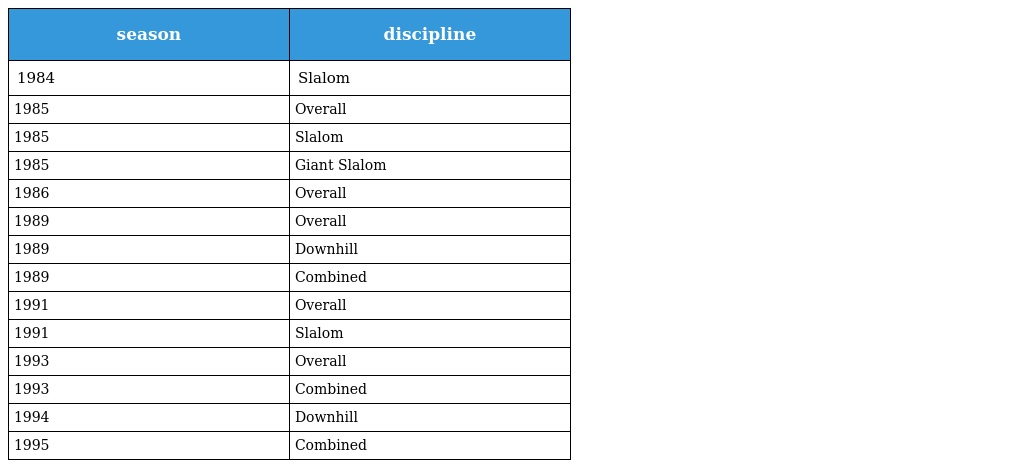
| season | discipline |
 | --- | --- |
 | 1984 | Slalom |
 | 1985 | Overall |
 | 1985 | Slalom |
 | 1985 | Giant Slalom |
 | 1986 | Overall |
 | 1989 | Overall |
 | 1989 | Downhill |
 | 1989 | Combined |
 | 1991 | Overall |
 | 1991 | Slalom |
 | 1993 | Overall |
 | 1993 | Combined |
 | 1994 | Downhill |
 | 1995 | Combined |